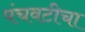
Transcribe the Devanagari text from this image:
पंचवटीचा